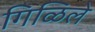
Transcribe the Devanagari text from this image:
गिळिले